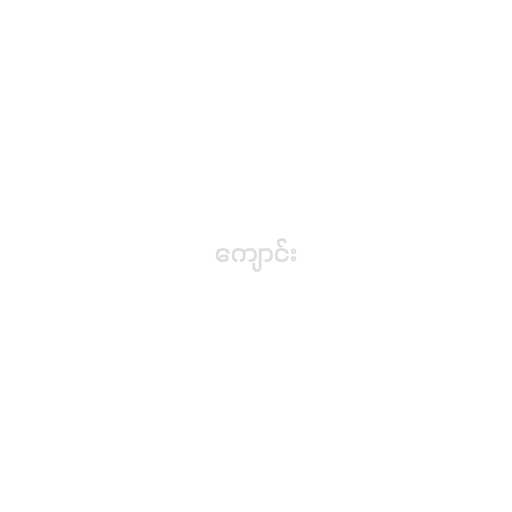
ကျောင်း